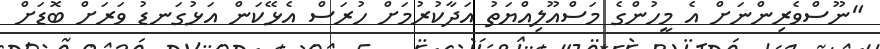
"ނޫސްވެރިންނަށް އެ މީހުންގެ މަސްއޫލިއްޔަތު އަދާކުރުމަށް ހުރަސް އެޅޭކަން އަޅުގަނޑު ވަރަށް ބޮޑަށް